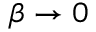
\beta \to 0